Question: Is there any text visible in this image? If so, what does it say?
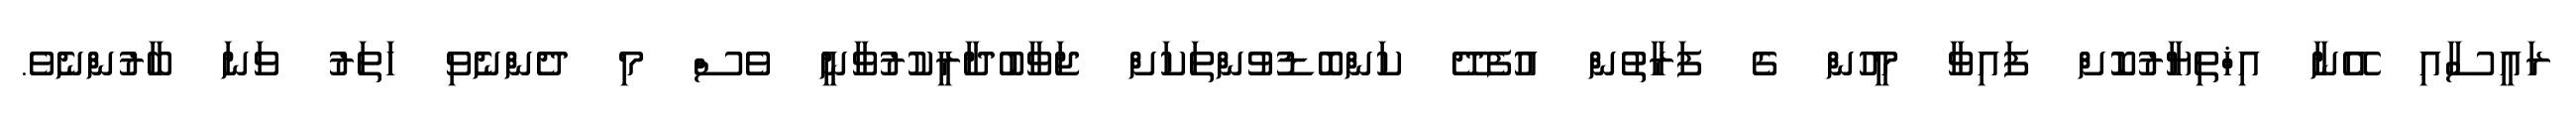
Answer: ރައީސާއި އޭނާ އިޚްތިޔާރުކޮށް ފައިވާ މީހުން ގެ ފަރާތުން އުފެދޭ ކަންބޮޑުވުންތަކަށް ޖަވާބުދާރީކުރުވާނީ ވެސް މި ދެންނެވި ހަތަރު ވަނަ ބާރުންނެވެ.